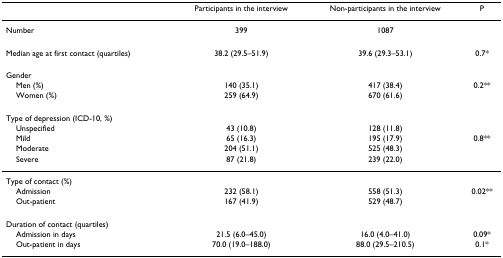
<table><thead><tr><td></td><td><b>Participants in the interview</b></td><td><b>Non-participants in the interview</b></td><td><b>P</b></td></tr></thead><tbody><tr><td>Number</td><td>399</td><td>1087</td><td></td></tr><tr><td>Median age at first contact (quartiles)</td><td>38.2 (29.5–51.9)</td><td>39.6 (29.3–53.1)</td><td>0.7*</td></tr><tr><td>Gender</td><td></td><td></td><td></td></tr><tr><td> Men (%)</td><td>140 (35.1)</td><td>417 (38.4)</td><td>0.2**</td></tr><tr><td> Women (%)</td><td>259 (64.9)</td><td>670 (61.6)</td><td></td></tr><tr><td>Type of depression (ICD-10, %)</td><td></td><td></td><td></td></tr><tr><td> Unspecified</td><td>43 (10.8)</td><td>128 (11.8)</td><td></td></tr><tr><td> Mild</td><td>65 (16.3)</td><td>195 (17.9)</td><td>0.8**</td></tr><tr><td> Moderate</td><td>204 (51.1)</td><td>525 (48.3)</td><td></td></tr><tr><td> Severe</td><td>87 (21.8)</td><td>239 (22.0)</td><td></td></tr><tr><td>Type of contact (%)</td><td></td><td></td><td></td></tr><tr><td> Admission</td><td>232 (58.1)</td><td>558 (51.3)</td><td>0.02**</td></tr><tr><td> Out-patient</td><td>167 (41.9)</td><td>529 (48.7)</td><td></td></tr><tr><td>Duration of contact (quartiles)</td><td></td><td></td><td></td></tr><tr><td> Admission in days</td><td>21.5 (6.0–45.0)</td><td>16.0 (4.0–41.0)</td><td>0.09*</td></tr><tr><td> Out-patient in days</td><td>70.0 (19.0–188.0)</td><td>88.0 (29.5–210.5)</td><td>0.1*</td></tr></tbody></table>